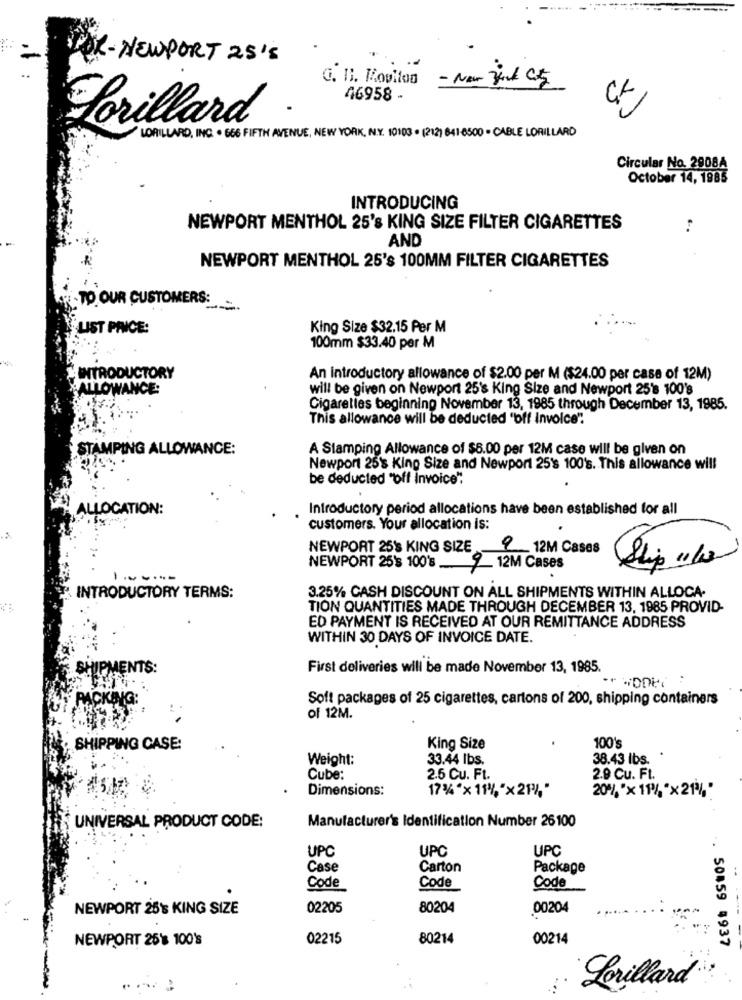
XX-NEWPORT 25'5
G. 11. Rositon - New york City
23
46958 -
Lorillard
LORILLARD, INC. . 656 FIFTH AVENUE, NEW YORK, N.Y. 10103 . (212) 841-0500 - CABLE LORILLARD
Circular No. 2908A
October 14, 1985
INTRODUCING
NEWPORT MENTHOL 25's KING SIZE FILTER CIGARETTES
AND
NEWPORT MENTHOL 25's 100MM FILTER CIGARETTES
TO OUR CUSTOMERS:
LIST PINCE:
King Size $32.15 Per M
100mm $33.40 per M
INTRODUCTORY
An introductory allowance of $2.00 per M ($24.00 per case of 12M)
*ALLOWANCE:
will be given on Newport 25's King Size and Newport 25's 100's
Cigarettes beginning November 13, 1985 through December 13, 1985.
This allowance will be deducted "off invoice".
STAMPING ALLOWANCE:
A Stamping Allowance of $8.00 per 12M case will be given on
Newport 25's King Size and Newport 25's 100's. This allowance will
be deducted "off Invoice"
ALLOCATION:
Introductory period allocations have been established for all
customers. Your allocation is:
NEWPORT 25's KING SIZE 9 12M Cases
NEWPORT 25's 100's
9 12M Cases
3.25% CASH DISCOUNT ON ALL SHIPMENTS WITHIN ALLOCA.
INTRODUCTORY TERMS:
TION QUANTITIES MADE THROUGH DECEMBER 13. 1985 PROVID-
ED PAYMENT IS RECEIVED AT OUR REMITTANCE ADDRESS
WITHIN 30 DAYS OF INVOICE DATE.
SHIPMENTS:
First deliveries will be made November 13, 1985.
PACKING:
Soft packages of 25 cigarettes, cartons of 200, shipping containers
of 12M.
100's
SHIPPING CASE:
King Size
Weight:
33.44 lbs.
38.43 lbs. .
Cube:
2.5 Cu. Ft.
2.9 Cu. Ft.
Dimensions:
17 % "x 11% "x21%,"
20% "x 11% *x21%,"
Manufacturer's Identification Number 26100
UNIVERSAL PRODUCT CODE:
UPC
UPC
UPC
Case
Carton
Package
Code
Code
Code
NEWPORT 25's KING SIZE
02205
80204
00204
NEWPORT 25% 100's
02215
80214
00214
.. 50459 4937
...
Lorillard